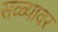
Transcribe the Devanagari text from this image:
सळ्यावर